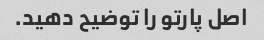
اصل پارتو را توضیح دهید.